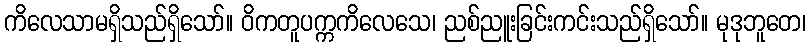
ကိလေသာမရှိသည်ရှိသော်။ ဝိကတူပက္ကကိလေသေ၊ ညစ်ညူးခြင်းကင်းသည်ရှိသော်။ မုဒုဘူတေ၊